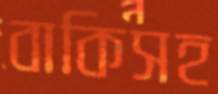
বাকিসহ